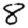
Digit: 8